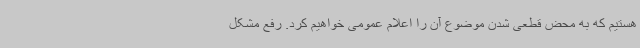
هستیم که به محض قطعی شدن موضوع آن را اعلام عمومی خواهیم کرد. رفع مشکل